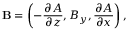
\mathbf { B } = \left( - \frac { \partial A } { \partial z } , B _ { y } , \frac { \partial A } { \partial x } \right) ,